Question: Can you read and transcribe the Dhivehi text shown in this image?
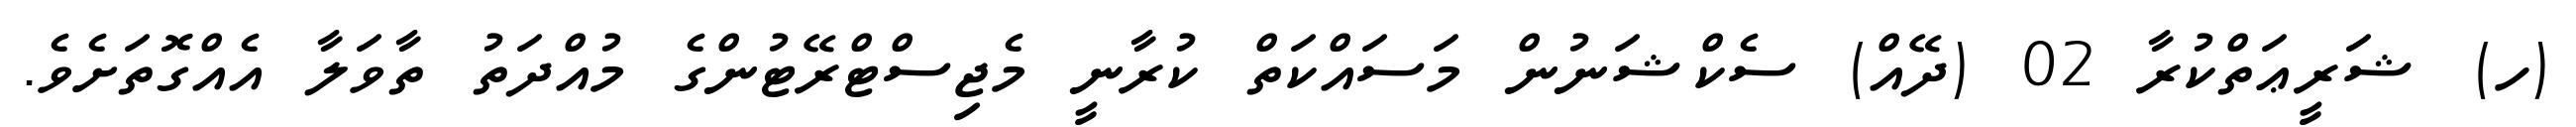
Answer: (ހ) ޝަރީޢަތްކުރާ 02 (ދޭއް) ސެކްޝަނުން މަސައްކަތް ކުރާނީ މެޖިސްޓްރޭޓުންގެ މުއްދަތު ތާވަލާ އެއްގޮތަށެވެ.